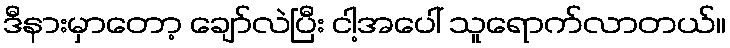
ဒီနားမှာတော့ ချော်လဲပြီး ငါ့အပေါ် သူရောက်လာတယ်။